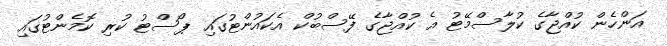
އަންހެން ކުއްޖާގެ ކުލާސްމޭޓު އެ ކުއްޖާގެ ފޭސްބުކް އެކައުންޓުގައި ޕޯސްޓު ކުރި ކޮމެންޓުގައި